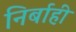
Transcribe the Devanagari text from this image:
निर्बाही